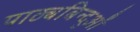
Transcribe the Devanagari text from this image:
पाठ्यबिन्दुओं